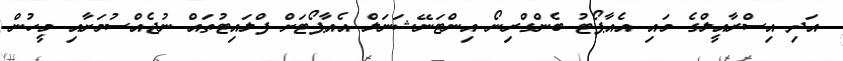
އަދި އިސްރާއީލްގެ މައި އެއާޕޯޓު ބެންގްރިނޯ އިންޓަނޭޝަނަލް އެއާޕޯޓަށް ފްލައިޓުތައް ނުޖެއްސުމަށާއި މީހުން